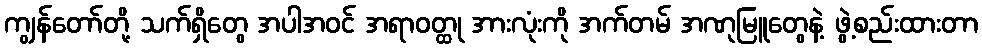
ကျွန်တော်တို့ သက်ရှိတွေ အပါအဝင် အရာဝတ္ထု အားလုံးကို အက်တမ် အဏုမြူတွေနဲ့ ဖွဲ့စည်းထားတာ